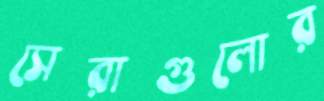
সেরাগুলোর